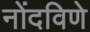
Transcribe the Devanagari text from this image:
नोंदविणे